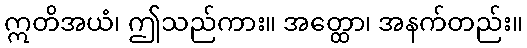
ဣတိအယံ၊ ဤသည်ကား။ အတ္ထော၊ အနက်တည်း။